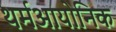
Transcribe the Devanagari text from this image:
थर्मआयोनिक